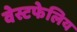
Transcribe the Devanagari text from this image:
वेस्टफेलिय